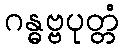
ဂန္ဓဗ္ဗပုတ္တံ